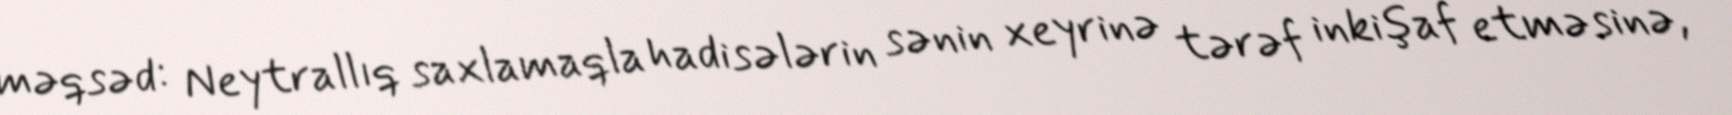
məqsəd: Neytrallıq saxlamaqla hadisələrin sənin xeyrinə tərəf inkişaf etməsinə,